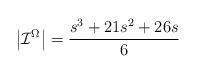
LaTeX: \begin{align*}\left| \mathcal{I}^{\Omega }\right| =\frac{s^{3}+21s^{2}+26s}{6}\end{align*}